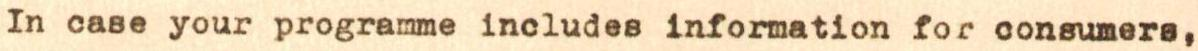
In case your programme includes information for consumers,